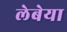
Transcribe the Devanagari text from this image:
लेबेया